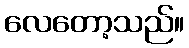
လေတော့သည်။